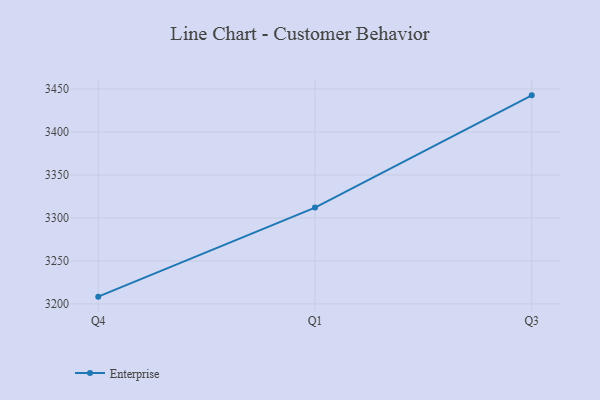
{"axis": {"x": "Quarter", "y": "Satisfaction Score"}, "legend": ["Enterprise"], "data": [{"x": "Q4", "y": 3208.5, "type": "Enterprise"}, {"x": "Q1", "y": 3312.1, "type": "Enterprise"}, {"x": "Q3", "y": 3442.6, "type": "Enterprise"}]}